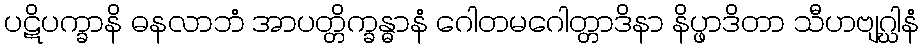
ပဋိပက္ခာနိ ဓနလာဘံ အာပတ္တိက္ခန္ဓာနံ ဂေါတမဂေါတ္တာဒိနာ နိပ္ဖာဒိတာ သီဟဗျဂ္ဃါနံ